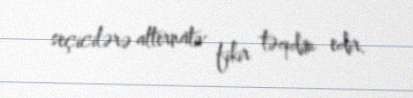
seçicilərə alternativ fikir təqdim edir.